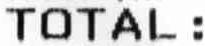
TOTAL: